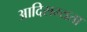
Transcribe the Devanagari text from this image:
आदिसभ्‍यता